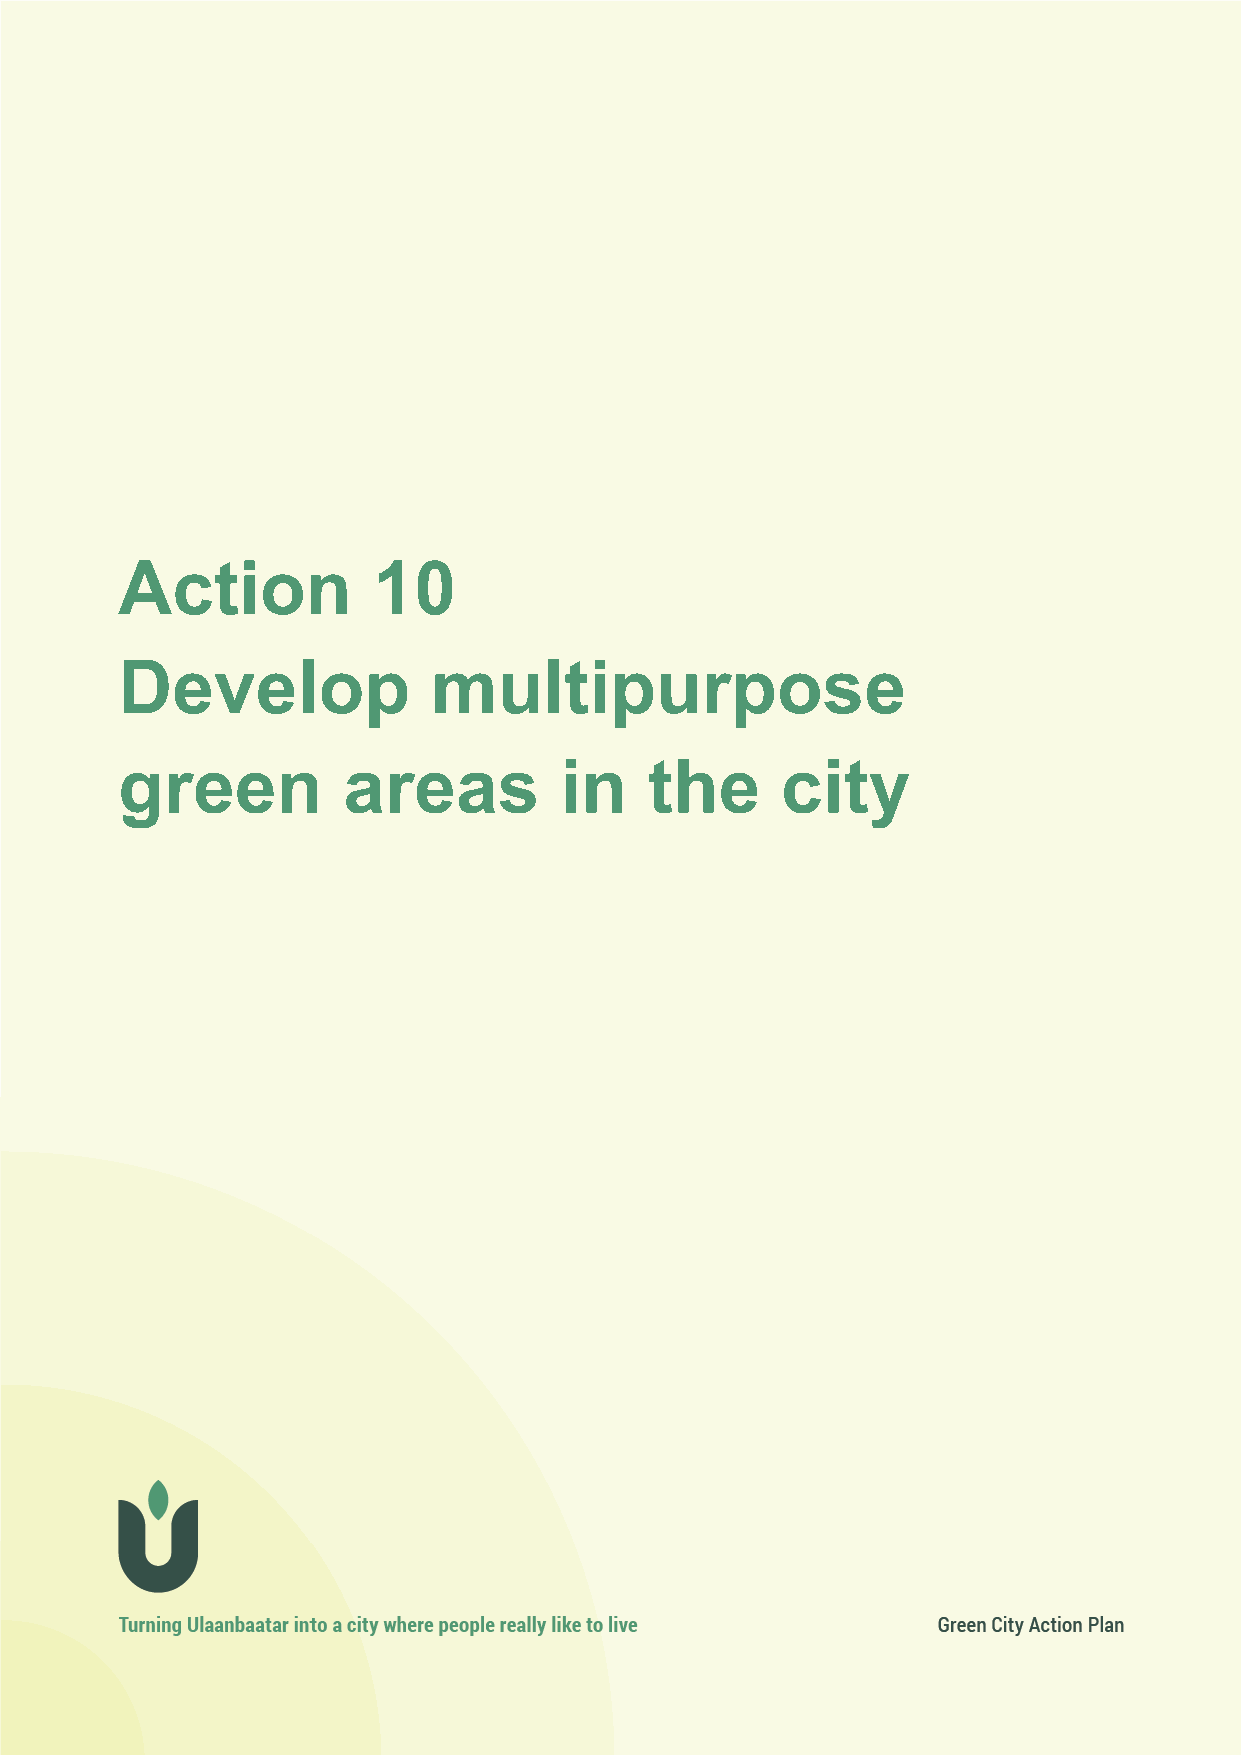
Action 10
 contributing to Strategic Objectives: air quality, climate mitigation, climate resilience, happy city
 Action           10
 Develop              multipurpose
 green          areas         in    the      city
 92